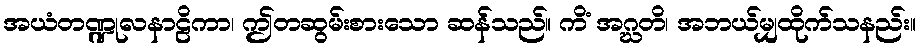
အယံတဏ္ဍုလနာဠိကာ၊ ဤတဆွမ်းစားသော ဆန်သည်။ ကိံ အဂ္ဃတိ၊ အဘယ်မျှထိုက်သနည်း။